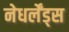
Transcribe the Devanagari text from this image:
नेधर्लेंड्स